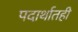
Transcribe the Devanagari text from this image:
पदार्थातही